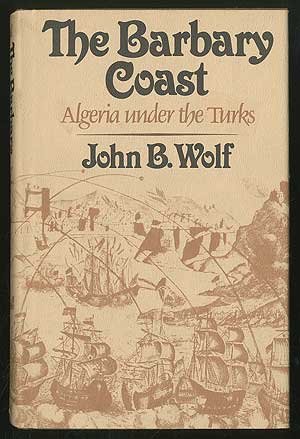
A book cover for The Barbary Coast: Algeria under the Turks; John B. Wolf; Travel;